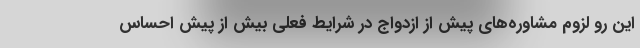
این رو لزوم مشاوره‌های پیش از ازدواج در شرایط فعلی بیش از پیش احساس